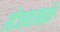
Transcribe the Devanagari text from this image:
मेजबानके